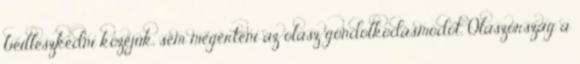
beilleszkedni közéjük, sem megérteni az olasz gondolkodásmódot. Olaszország a